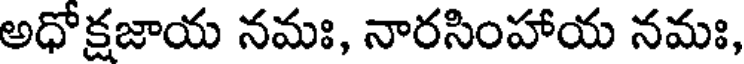
అధోక్షజాయ నమః, నారసింహాయ నమః,